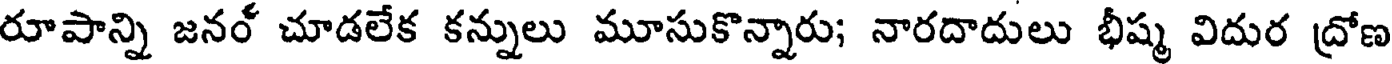
రూపాన్ని జనర్ చూడలేక కన్నులు మూసుకొన్నారు; నారదాదులు భీష్మ విదుర ద్రోణ